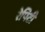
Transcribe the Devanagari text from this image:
रेपिटी